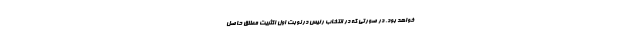
خواهد بود. در صورتی که در انتخاب رئیس در نوبت اول اکثریت مطلق حاصل